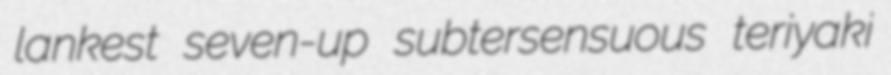
lankest seven-up subtersensuous teriyaki